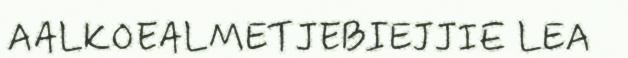
AALKOEALMETJEBIEJJIE LEA